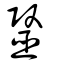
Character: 毉